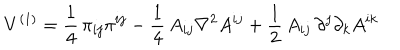
LaTeX: V ^ { ( 1 ) } = \frac { 1 } { 4 } \, \pi _ { i j } \pi ^ { i j } - \frac { 1 } { 4 } \, A _ { i j } \nabla ^ { 2 } A ^ { i j } + \frac { 1 } { 2 } \, A _ { i j } \, \partial ^ { j } \partial _ { k } A ^ { i k }